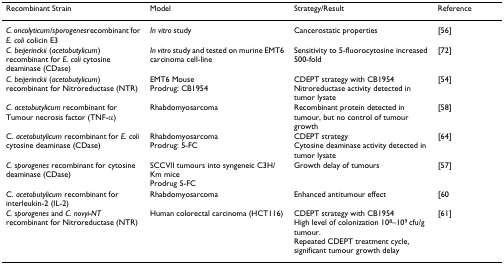
<table><thead><tr><td><b>Recombinant Strain</b></td><td><b>Model</b></td><td><b>Strategy/Result</b></td><td><b>Reference</b></td></tr></thead><tbody><tr><td><i>C. oncolyticum/sporogenes</i>recombinant for <i>E. coli </i>colicin E3</td><td><i>In vitro </i>study</td><td>Cancerostatic properties</td><td>[56]</td></tr><tr><td><i>C. beijerinckii </i>(<i>acetobutylicum</i>) recombinant for <i>E. coli </i>cytosine deaminase (CDase)</td><td><i>In vitro </i>study and tested on murine EMT6 carcinoma cell-line</td><td>Sensitivity to 5-fluorocytosine increased 500-fold</td><td>[72]</td></tr><tr><td><i>C. beijerinckii </i>(<i>acetobutylicum</i>) recombinant for Nitroreductase (NTR)</td><td>EMT6 MouseProdrug: CB1954</td><td>CDEPT strategy with CB1954Nitroreductase activity detected in tumor lysate</td><td>[54]</td></tr><tr><td><i>C. acetobutylicum </i>recombinant for Tumour necrosis factor (TNF-α)</td><td>Rhabdomyosarcoma</td><td>Recombinant protein detected in tumour, but no control of tumour growth</td><td>[58]</td></tr><tr><td>C. <i>acetobutylicum </i>recombinant for <i>E. coli </i>cytosine deaminase (CDase)</td><td>RhabdomyosarcomaProdrug: 5-FC</td><td>CDEPT strategyCytosine deaminase activity detected in tumor lysate</td><td>[64]</td></tr><tr><td><i>C. sporogenes </i>recombinant for cytosine deaminase (CDase)</td><td>SCCVII tumours into syngeneic C3H/Km miceProdrug 5-FC</td><td>Growth delay of tumours</td><td>[57]</td></tr><tr><td>C. <i>acetobutylicum </i>recombinant for interleukin-2 (IL-2)</td><td>Rhabdomyosarcoma</td><td>Enhanced antitumour effect</td><td>[60</td></tr><tr><td><i>C. sporogenes </i>and <i>C. novyi-NT </i>recombinant for Nitroreductase (NTR)</td><td>Human colorectal carcinoma (HCT116)</td><td>CDEPT strategy with CB1954High level of colonization 10<sup>8</sup>–10<sup>9 </sup>cfu/g tumour.Repeated CDEPT treatment cycle, significant tumour growth delay</td><td>[61]</td></tr></tbody></table>